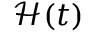
\mathcal { H } ( t )